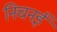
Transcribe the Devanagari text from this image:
निचनई